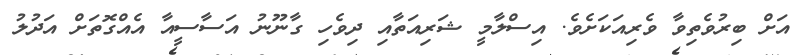
އަށް ބިރުވެތިވާ ވެރިއަކަށެވެ. އިސްލާމީ ޝަރިއަތާއި ދިވެހި ގާނޫނު އަސާސީއާ އެއްގޮތަށް އަދުލު